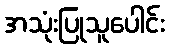
အသုံးပြုသူပေါင်း